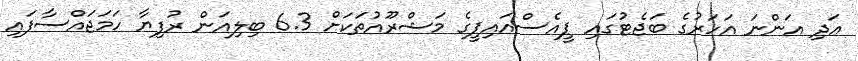
އަދި އަންނަ އަހަރުގެ ބަޖެޓުގައި ޕީއެސްއައިޕީގެ މަޝްރޫއުތަކަށް 6.3 ބިލިއަން ރުފިޔާ ހަމަޖައްސާފައި